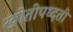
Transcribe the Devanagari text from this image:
खोतीपध्दती